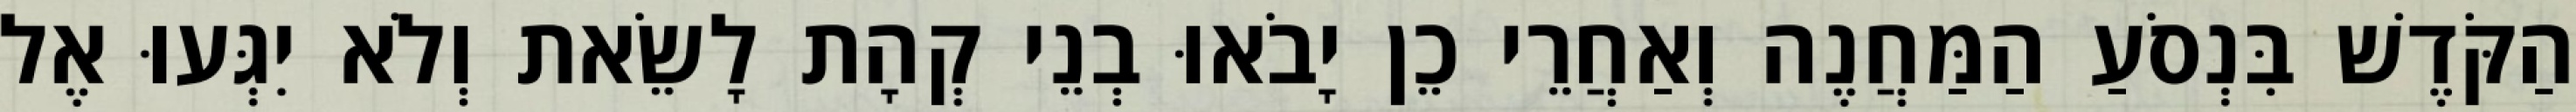
הַקֹּדֶשׁ בִּנְסֹעַ הַמַּחֲנֶה וְאַחֲרֵי כֵן יָבֹאוּ בְנֵי קְהָת לָשֵׂאת וְלֹא יִגְּעוּ אֶל